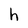
Character: h